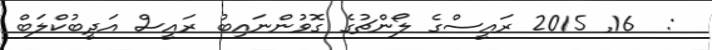
:  16